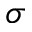
\sigma